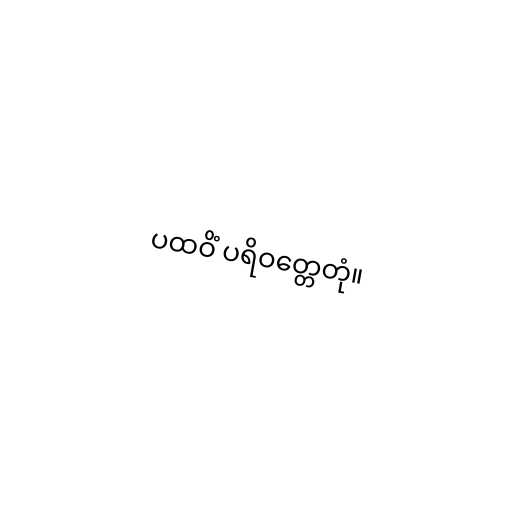
ပထဝိံ ပရိဝတ္တေတုံ။